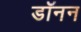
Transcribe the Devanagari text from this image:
डॉनन